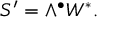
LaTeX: S ^ { \prime } = \wedge ^ { \bullet } W ^ { * } .